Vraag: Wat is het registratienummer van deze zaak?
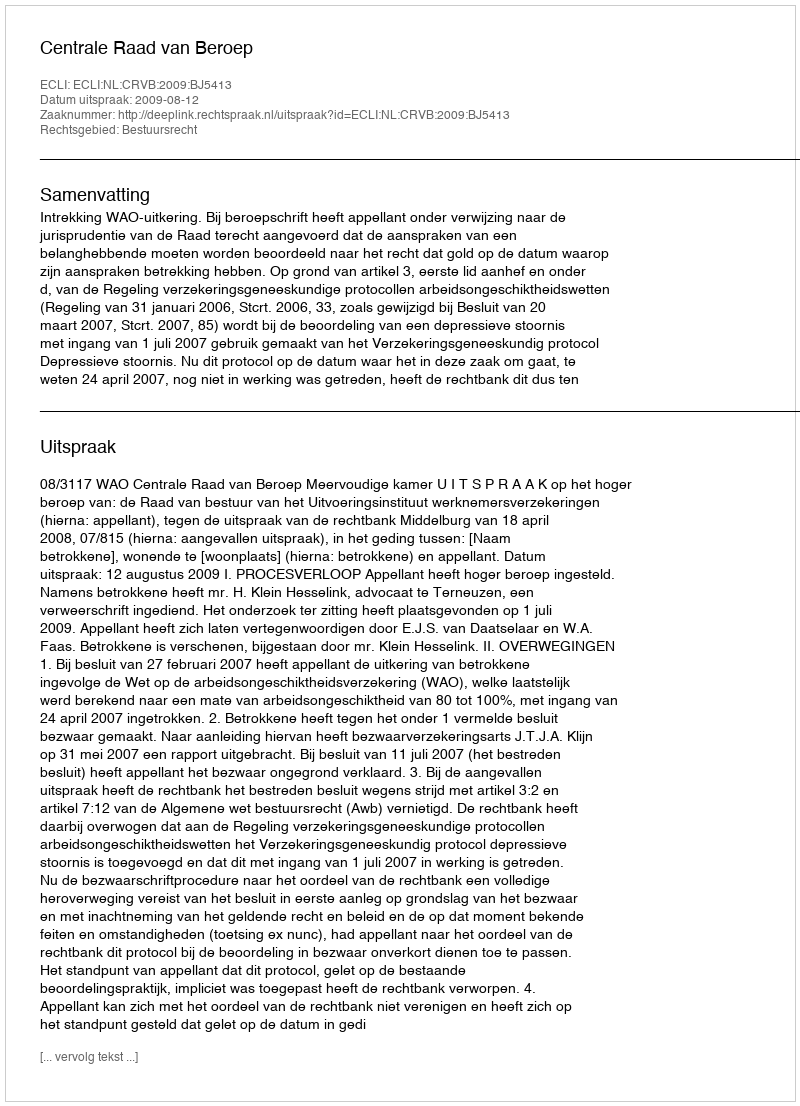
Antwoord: http://deeplink.rechtspraak.nl/uitspraak?id=ECLI:NL:CRVB:2009:BJ5413